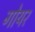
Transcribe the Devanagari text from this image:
गोयर